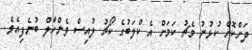
ދަށްކޮށް ކުޅުނު މެޗު ކަމަށް އެ ކްލަބުގެ ކޯޗު ލުއިސް ވެންހާލް ބުނެފިއެވެ.